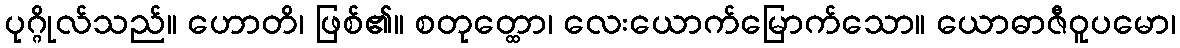
ပုဂ္ဂိုလ်သည်။ ဟောတိ၊ ဖြစ်၏။ စတုတ္ထော၊ လေးယောက်မြောက်သော။ ယောဓာဇီဝူပမော၊